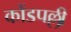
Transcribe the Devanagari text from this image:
कोंडपल्ली